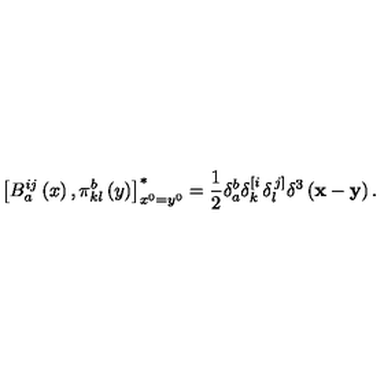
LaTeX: \left[ B _ { a } ^ { i j } \left( x \right) , \pi _ { k l } ^ { b } \left( y \right) \right] _ { x ^ { 0 } = y ^ { 0 } } ^ { * } = \frac 1 2 \delta _ { a } ^ { b } \delta _ { k } ^ { \left[ i \right. } \delta _ { l } ^ { \left. j \right] } \delta ^ { 3 } \left( { \bf x } - { \bf y } \right) .